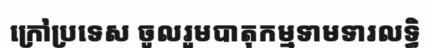
ក្រៅប្រទេស ចូលរួមបាតុកម្មទាមទារលទ្ធិ